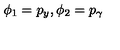
\phi _ { 1 } = p _ { y } , \phi _ { 2 } = p _ { \gamma }